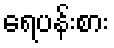
ရေပန်းစား